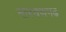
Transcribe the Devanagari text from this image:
नारयणगढ